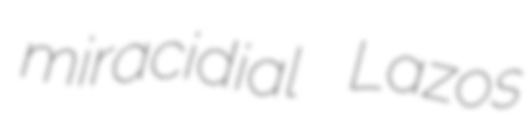
miracidial Lazos